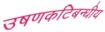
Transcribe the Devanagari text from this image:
उषणकटिबन्धीय